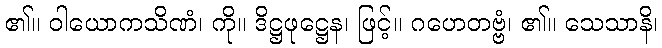
၏။ ဝါယောကသိဏံ၊ ကို။ ဒိဋ္ဌဖုဋ္ဌေန၊ ဖြင့်။ ဂဟေတဗ္ဗံ၊ ၏။ သေသာနိ၊